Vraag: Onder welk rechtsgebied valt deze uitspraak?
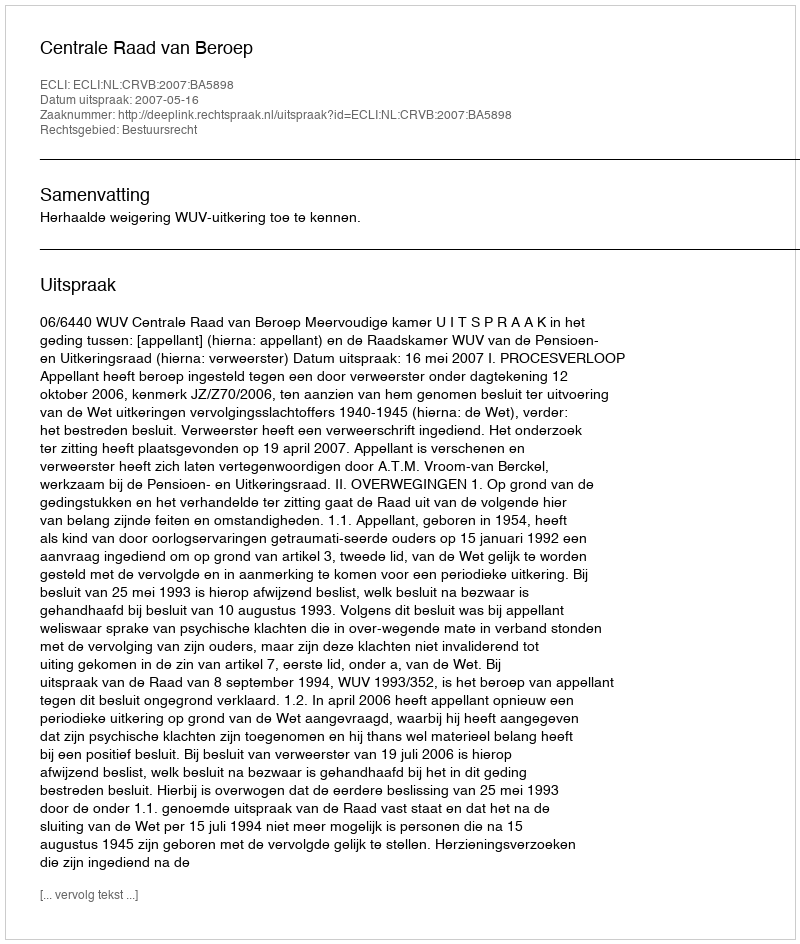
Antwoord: Bestuursrecht